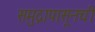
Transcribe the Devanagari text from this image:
समुद्रापासूनची